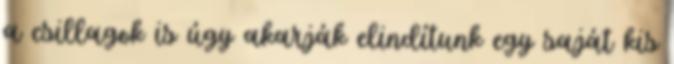
a csillagok is úgy akarják elindítunk egy saját kis